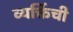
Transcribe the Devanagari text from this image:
व्यक्तिंची